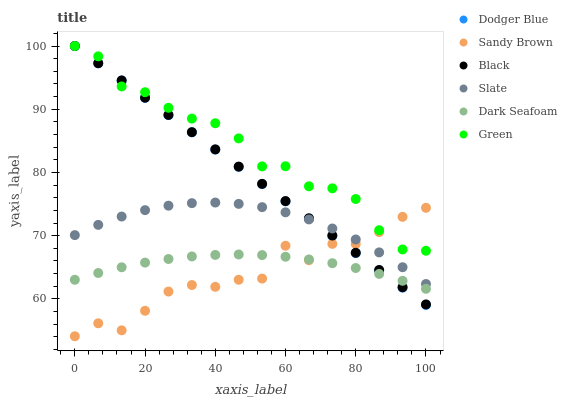
| xaxis_label | Dodger Blue | Sandy Brown | Black | Slate | Dark Seafoam | Green |
 | --- | --- | --- | --- | --- | --- | --- |
 | 0 | 100 | 54.1 | 100 | 70.1 | 63 | 100 |
 | 6.67 | 97.3 | 56.1 | 97.3 | 71.7 | 64.1 | 98.4 |
 | 13.3 | 94.5 | 55 | 94.6 | 73 | 65 | 93.6 |
 | 20 | 91.8 | 58.1 | 91.8 | 74 | 65.7 | 92.7 |
 | 26.7 | 89.1 | 61.2 | 89.1 | 74.7 | 66.3 | 90.2 |
 | 33.3 | 86.4 | 62.2 | 86.4 | 75.1 | 66.7 | 88.5 |
 | 40 | 83.6 | 61.9 | 83.7 | 75.2 | 67 | 87.8 |
 | 46.7 | 80.9 | 63 | 80.9 | 75 | 67 | 85.4 |
 | 53.3 | 78.2 | 63.2 | 78.2 | 74.5 | 66.9 | 81 |
 | 60 | 75.4 | 68.4 | 75.5 | 73.7 | 66.7 | 81 |
 | 66.7 | 72.7 | 66.1 | 72.8 | 72.6 | 66.2 | 77.8 |
 | 73.3 | 70 | 68.7 | 70 | 71.1 | 65.6 | 77.5 |
 | 80 | 67.2 | 68.7 | 67.3 | 69.4 | 64.9 | 75.8 |
 | 86.7 | 64.5 | 70.6 | 64.6 | 67.4 | 64 | 70.9 |
 | 93.3 | 61.8 | 73 | 61.9 | 65 | 62.9 | 67.8 |
 | 100 | 59.1 | 74.4 | 59.1 | 62.4 | 61.6 | 67.6 |